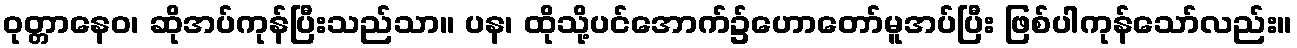
ဝုတ္တာနေဝ၊ ဆိုအပ်ကုန်ပြီးသည်သာ။ ပန၊ ထိုသို့ပင်အောက်၌ဟောတော်မူအပ်ပြီး ဖြစ်ပါကုန်သော်လည်း။